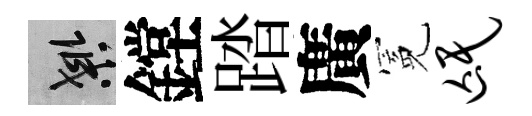
良鏜踏廣冕氓